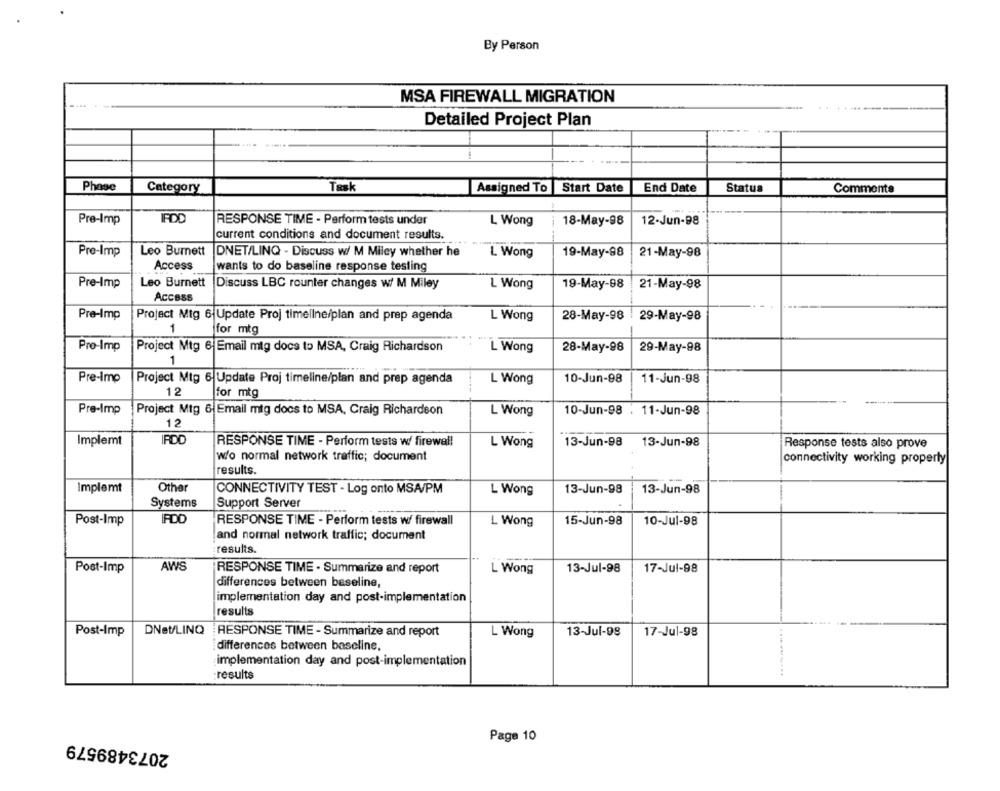
By Person
MSA FIREWALL MIGRATION
Detailed Project Plan
Phase
Category
Task
Assigned To Start Date
End Date
Status
Comments
Pre-Imp
IFDD
RESPONSE TIME - Perform tests under
L Wong
18-May-98
12-Jun-98
current conditions and document results.
Pre-Imp
Leo Burnett
DNET/LINQ - Discuss w/ M Miley whether he
L. Wong
19-May-98
21-May-98
Access
wants to do baseline response testing
Pre-Imp
Leo Burnett
Discuss LBC rounter changes w/ M Miley
L Wong
19-May-98
21-May-98
Access
Pre-Imp
Project Mtg 6-Update Proj timeline/plan and prep agenda
L Wong
28-May-98 29-May-98
1
for mtg
Pro-Imp
Project Mtg 6| Email mitg docs to MSA, Craig Richardson
L Wong
28-May-98
29-May-98
1
Pre-Imp
Project Mtg 6 Update Proj timeline/plan and prep agenda
L Wong
10-Jun-98
11-Jun-98
12
for mtg
Pre-Imp
Project Mtg 6 Email mig docs to MSA, Craig Richardson
L Wong
10-Jun-98 : 11-Jun-98
12
Implemt
IRDD
RESPONSE TIME - Perform tests w/ firewall
L Wong
13-Jun-98
13-Jun-98
Response tests also prove
w/o normal network traffic; document
connectivity working properly
results.
Implemt
Other
CONNECTIVITY TEST - Log onto MSA/PM
L Wong
13-Jun-98
13-Jun-98
Systems
Support Server
Post-Imp
RESPONSE TIME - Perform tests w/ firewall
L Wong
15-Jun-98
10-Jul-98
and normal network traffic; document
results.
Post-Imp
AWS
RESPONSE TIME - Summarize and report
L Wong
13-Jul-98
17-Jul-98
differences between beseline,
implementation day and post-implementation
results
Post-Imp
DNet/LINQ
RESPONSE TIME - Summarize and report
L Wong
13-Jul-98
17-Jul-98
differences between baseline.
implementation day and post-implementation
results
Page 10
2073489579